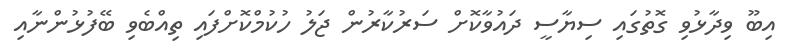
އިބޫ ވިދާޅުވި ގޮތުގައި ސިޔާސީ ދައުވާކޮށް ސަރުކާރުން ޖަލު ހުކުމްކޮށްފައި ތިއްބެވި ބޭފުޅުންނާއި